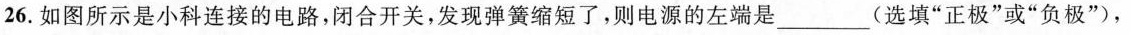
26.如图所示是小科连接的电路，闭合开关，发现弹簧缩短了，则电源的左端是___(选填”正极”或”负极”)，